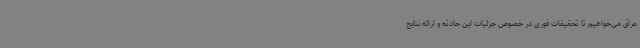
عراق می‌خواهیم تا تحقیقات فوری در خصوص جزئیات این حادثه و ارائه نتایج